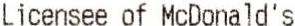
LICENSEE OF MCDONALD'S